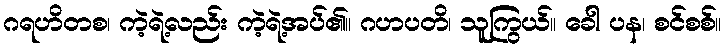
ဂရဟိတစ၊ ကဲ့ရဲ့လည်း ကဲ့ရဲ့အပ်၏။ ဂဟပတိ၊ သူကြွယ်။ ခေါ ပန၊ စင်စစ်။